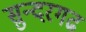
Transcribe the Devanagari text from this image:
सुन्दरगढ